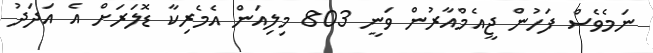
ނަމެވެސް ފަހުން ޖީއެމްއާރުން ވަނީ 803 މިލިއަން އެމެރިކާ ޑޮލަރަށް އެ އަދަދު